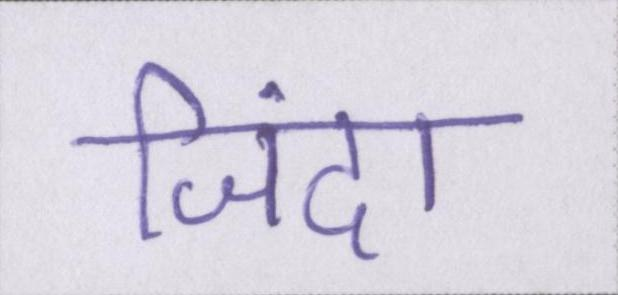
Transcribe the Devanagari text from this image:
जिंदा